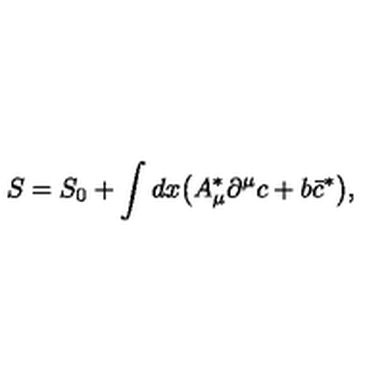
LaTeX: S = S _ { 0 } + \int d x \bigl ( A _ { \mu } ^ { \ast } \partial ^ { \mu } c + b \bar { c } ^ { \ast } \bigr ) ,